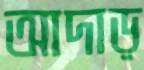
আদাড়